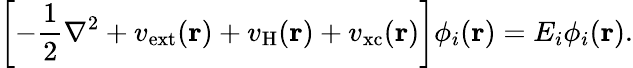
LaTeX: \left[-\frac{1}{2}\nabla^{2}+v_{\mathrm{ext}}(\mathbf{r})+v_{\mathrm{H}}(\mathbf{r})+v_{\mathrm{xc}}(\mathbf{r})\right]\phi_{i}(\mathbf{r})=E_{i}\phi_{i}(\mathbf{r}).